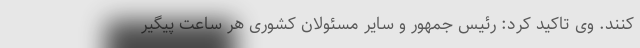
کنند. وی تاکید کرد: رئیس جمهور و سایر مسئولان کشوری هر ساعت پیگیر